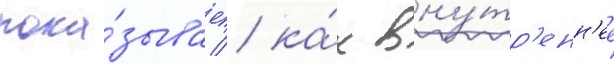
пока́зывает / ка́к вну́тр'енн'ее